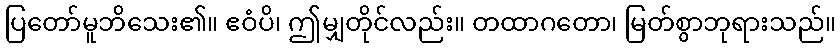
ပြတော်မူဘိသေး၏။ ဧဝံပိ၊ ဤမျှတိုင်လည်း။ တထာဂတော၊ မြတ်စွာဘုရားသည်။